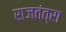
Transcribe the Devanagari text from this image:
राजतंत्रा